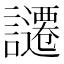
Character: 𧭱